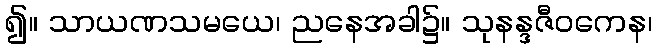
၍။ သာယဏသမယေ၊ ညနေအခါ၌။ သုနန္ဒဇီဝကေန၊